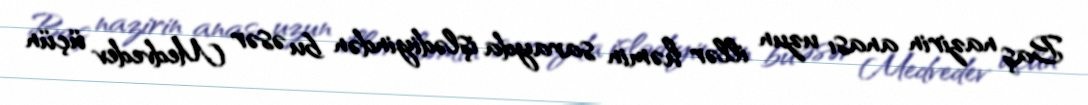
Baş nazirin anası uzun illər həmin sarayda işlədiyindən bu əsər Medvedev üçün